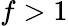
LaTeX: f>1